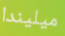
ميليندا